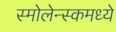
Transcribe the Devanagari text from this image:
स्मोलेन्स्कमध्ये